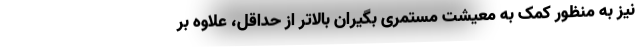
نیز به منظور کمک به معیشت مستمری بگیران بالاتر از حداقل، علاوه بر